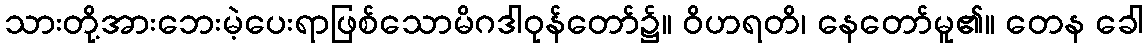
သားတို့အားဘေးမဲ့ပေးရာဖြစ်သောမိဂဒါဝုန်တော်၌။ ဝိဟရတိ၊ နေတော်မူ၏။ တေန ခေါ